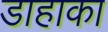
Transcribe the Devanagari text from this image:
डाहाका